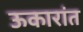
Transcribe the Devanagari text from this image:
ऊकारांत